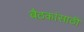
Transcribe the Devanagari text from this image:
बैठकांसाठी